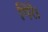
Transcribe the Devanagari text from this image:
गिरें।